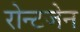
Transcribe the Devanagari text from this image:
रोन्टजेन